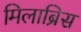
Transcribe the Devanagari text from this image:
मिलाब्रिस